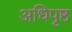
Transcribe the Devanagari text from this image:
अधिपृष्ठ